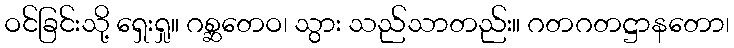
ဝင်ခြင်းသို့ ရှေးရှု။ ဂစ္ဆတေဝ၊ သွား သည်သာတည်း။ ဂတဂတဋ္ဌာနတော၊